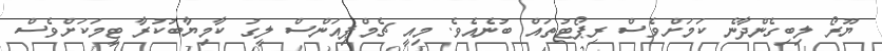
ޔޫރޯ ލިބިގެންދާނެ ކަމަށްވެސް ރިޕޯޓުތައް ބުނެއެވެ. މިއީ ޗެމްޕިއަންސް ލީގު ކާމިޔާބުކުރާ ޓީމަކަށްވެސް